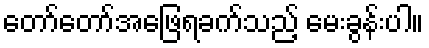
တော်တော်အဖြေရခက်သည့် မေးခွန်းပါ။